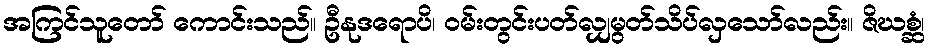
အကြင်သူတော် ကောင်းသည်။ ဦနုဒရောပိ၊ ဝမ်းတွင်းပတ်လျှမွတ်သိပ်လှသော်လည်း။ ဇိဃစ္ဆံ၊